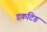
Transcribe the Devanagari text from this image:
डकटिड